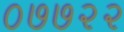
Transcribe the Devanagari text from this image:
०७७२२